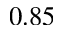
0 . 8 5